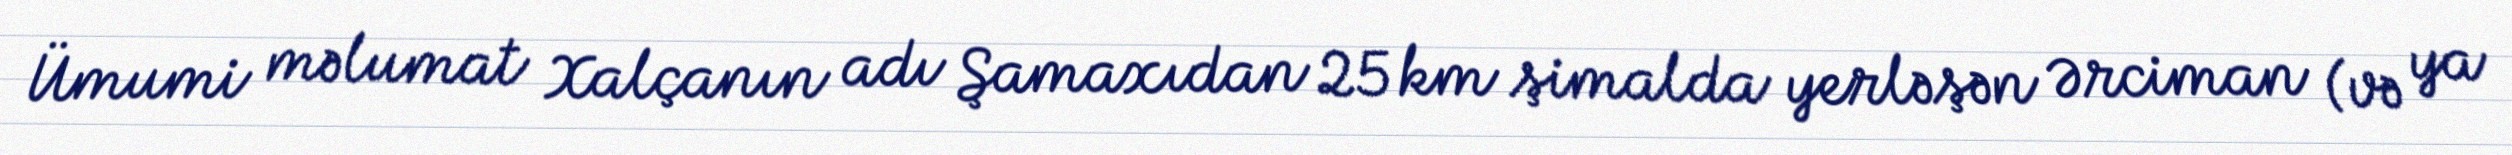
Ümumi məlumat Xalçanın adı Şamaxıdan 25 km şimalda yerləşən Ərciman (və ya